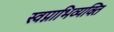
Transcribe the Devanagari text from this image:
स्वप्नाभिव्यक्ति